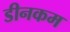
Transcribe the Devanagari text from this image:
डीनकम